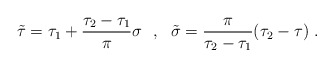
\begin{align*}\tilde{\tau}=\tau_1+\frac{\tau_2-\tau_1}{\pi}\sigma\ \ ,\ \ \tilde{\sigma}=\frac{\pi}{\tau_2-\tau_1}(\tau_2-\tau)\ .\end{align*}